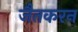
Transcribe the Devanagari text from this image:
जैतकरन